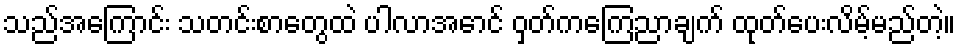
သည်အကြောင်း သတင်းစာတွေထဲ ပါလာအောင် ဝှတ်ကကြေညာချက် ထုတ်ပေးလိမ့်မည်တဲ့။